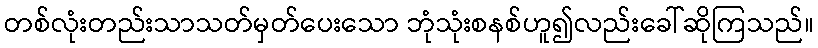
တစ်လုံးတည်းသာသတ်မှတ်ပေးသော ဘုံသုံးစနစ်ဟူ၍လည်းခေါ်ဆိုကြသည်။